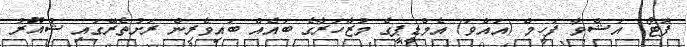
ފޮޓޯ: އަޝްވާ ފަހީމް (އައްވަ) އެމްޑީޕީގެ މުޒާހަރާގެ ބައެއް ބައިވެރިން ރަށުތެރޭގައި ޝުއޫރު